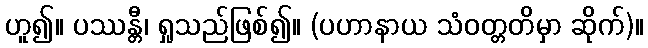
ဟူ၍။ ပဿန္တီ၊ ရှုသည်ဖြစ်၍။ (ပဟာနာယ သံဝတ္တတိမှာ ဆိုက်)။